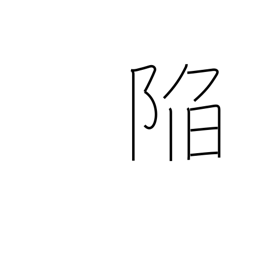
Meaning: slide into